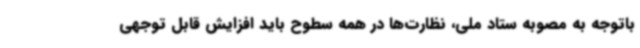
باتوجه به مصوبه ستاد ملی، نظارت‌ها در همه سطوح باید افزایش قابل توجهی